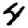
Digit: 4